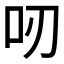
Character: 𠯄